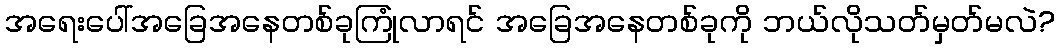
အရေးပေါ်အခြေအနေတစ်ခုကြုံလာရင် အခြေအနေတစ်ခုကို ဘယ်လိုသတ်မှတ်မလဲ?